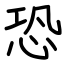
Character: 恐